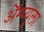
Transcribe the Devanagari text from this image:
ॲेम्प्युला